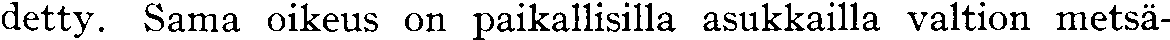
detty. Sama oikeus on paikallisilla asukkailla valtion metsä-